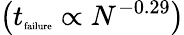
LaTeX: \left(t_{\textrm{\tiny failure}}\propto N^{-0.29}\right)